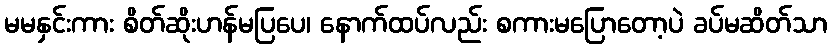
မမနှင်းကား စိတ်ဆိုးဟန်မပြပေ၊ နောက်ထပ်လည်း စကားမပြောတော့ပဲ ခပ်မဆိတ်သာ